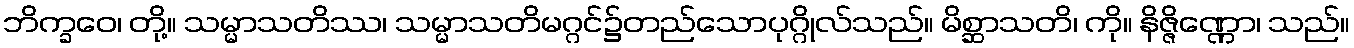
ဘိက္ခဝေ၊ တို့။ သမ္မာသတိဿ၊ သမ္မာသတိမဂ္ဂင်၌တည်သောပုဂ္ဂိုလ်သည်။ မိစ္ဆာသတိ၊ ကို။ နိဇ္ဇိဏ္ဏော၊ သည်။